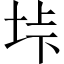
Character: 垰